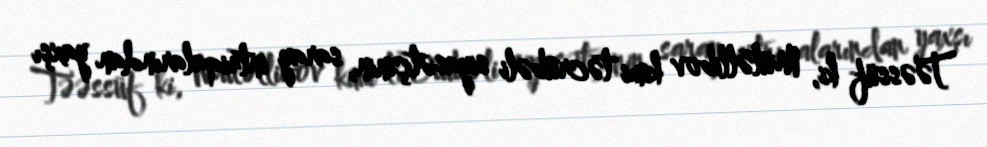
Təəssüf ki, Mütəllibov kimi təcrübəli siyasətçinin, saray intriqalarından yaxşı